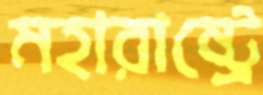
মহারাষ্ট্রে